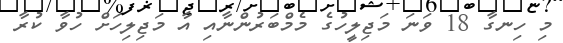
މި ހިނގާ 18 ވަނަ މަޖިލީހުގެ މެމްބަރުންނާއި އާ މަޖިލިހަށް ހުވާ ކުރާ